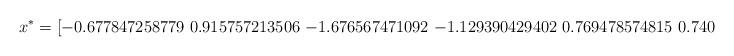
LaTeX: \begin{align*}x^* = [-0.677847258779\ 0.915757213506\ {-1.676567471092}\ {-1.129390429402}\ 0.769478574815\ 0.740933617859]\end{align*}